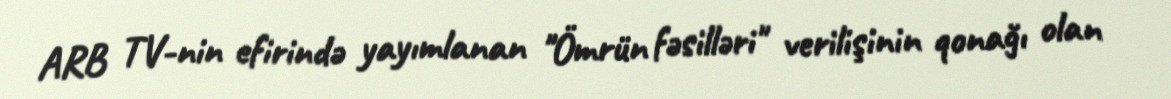
ARB TV-nin efirində yayımlanan "Ömrün fəsilləri" verilişinin qonağı olan